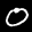
Label: 0